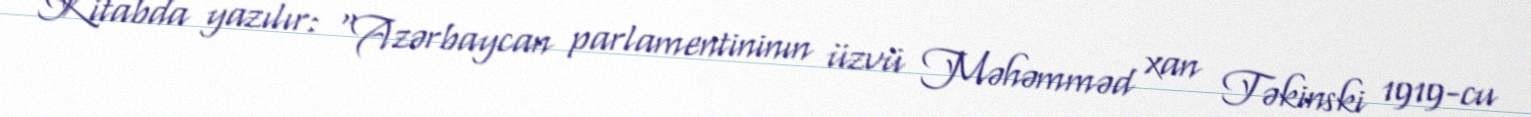
Kitabda yazılır: "Azərbaycan parlamentininın üzvü Məhəmməd xan Təkinski 1919-cu